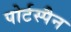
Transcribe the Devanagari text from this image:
पोर्टस्पैन